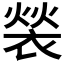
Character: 𬡤